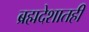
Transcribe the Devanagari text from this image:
ब्रह्मदेशातही